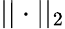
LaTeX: ||\cdot||_{2}